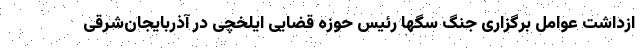
ازداشت عوامل برگزاری جنگ سگها رئیس حوزه قضایی ایلخچی در آذربایجان‌شرقی